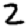
Digit: 2